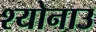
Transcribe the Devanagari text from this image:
श्योनाउ